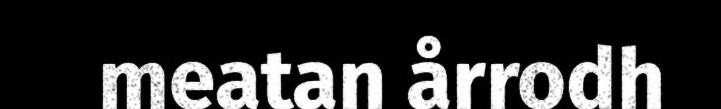
meatan årrodh